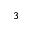
^ 3